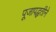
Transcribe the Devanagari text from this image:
पूजापद्धतीने